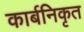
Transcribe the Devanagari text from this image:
कार्बनिकृत